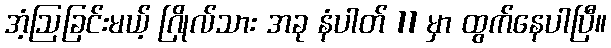
အံ့ဩခြင်းမယ့် ဂြိုလ်သား အခု နံပါတ် 11 မှာ ထွက်နေပါပြီ။